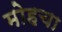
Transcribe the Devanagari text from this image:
मोहचा